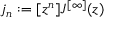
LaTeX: j _ { n } : = [ z ^ { n } ] J ^ { [ \infty ] } ( z )